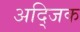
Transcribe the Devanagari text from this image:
अद्जिक